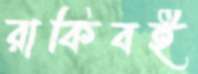
রাকিবই